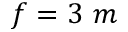
f = 3 ~ m